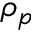
\rho _ { p }